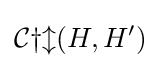
{\mathcal {Cyl}}(H,H')